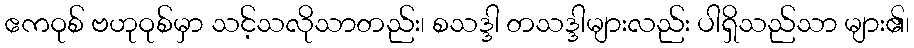
ဧကဝုစ် ဗဟုဝုစ်မှာ သင့်သလိုသာတည်း၊ စသဒ္ဒါ တသဒ္ဒါများလည်း ပါရှိသည်သာ များ၏၊